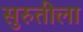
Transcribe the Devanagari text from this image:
सुरुतीला